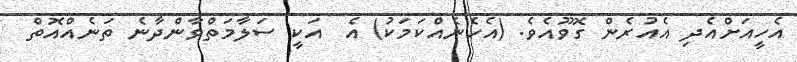
އެހީއަށްއެދި އެއުރެން ގޮވޫއެވެ. (އެހެނެއްކަމަކު) އެ  އަކީ ސަލާމަތްވާންދާނެ ތަނެއްއޮތް